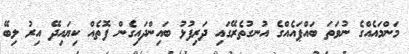
މަންމައެއްގެ ނުވަތަ ބައްޕައެއްގެ އުނގުތެރޭގައި ދަރިފުޅު ބައިންދައިގެން ފޮތެއް ކިޔައިދޭ އިރު ލިބޭ